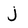
Character: j